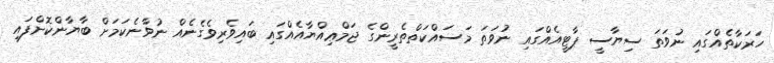
ހަރަކާތެއްގައި ނުވަތަ ސިޔާސީ ޕާޓީއެއްގައި ނުވަތަ މަސައްކަތްތެރީންގެ ޖަމްޢިއްޔާއެއްގައި ބައިވެރިވެގެނެއް ނުވާނެކަމަށް ބާޔާންކޮށްފައި